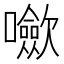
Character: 𡄥